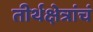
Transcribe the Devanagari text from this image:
तीर्थक्षेत्रांचं